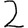
Digit: 2